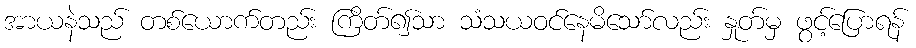
အာယနဲသည် တစ်ယောက်တည်း ကြိတ်၍သာ သံသယဝင်နေမိသော်လည်း နှုတ်မှ ဖွင့်ပြောရန်